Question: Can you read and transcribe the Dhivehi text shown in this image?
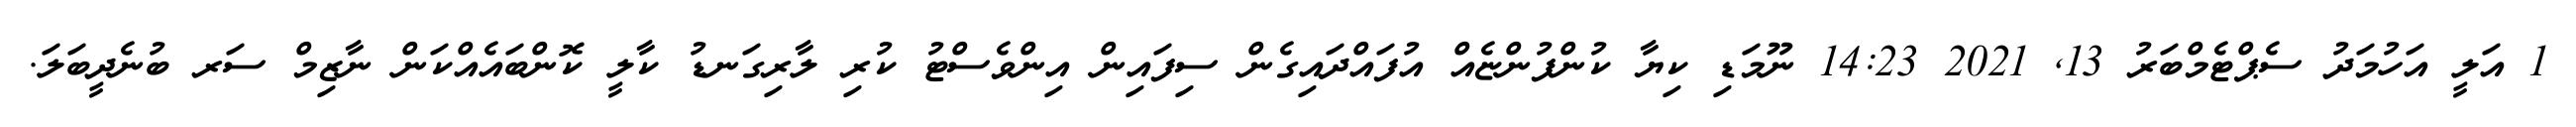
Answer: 1 އަލީ އަހުމަދު ސެޕްޓެމްބަރު 13, 2021 14:23 ނޫމަޑި ކިޔާ ކުންފުންޏެއް އުފައްދައިގެން ސިފައިން އިންވެސްޓު ކުރި ލާރިގަނޑު ކާލީ ކޮންބައެއްކަން ނާޒިމް ސަރ ބުނެދީބަލަ.